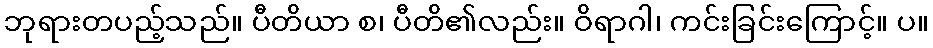
ဘုရားတပည့်သည်။ ပီတိယာ စ၊ ပီတိ၏လည်း။ ဝိရာဂါ၊ ကင်းခြင်းကြောင့်။ ပ။